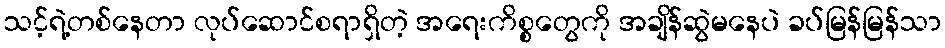
သင့်ရဲ့တစ်နေတာ လုပ်ဆောင်စရာရှိတဲ့ အရေးကိစ္စတွေကို အချိန်ဆွဲမနေပဲ ခပ်မြန်မြန်သာ